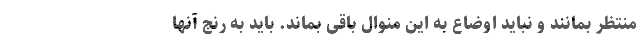
منتظر بمانند و نباید اوضاع به این منوال باقی بماند. باید به رنج آنها